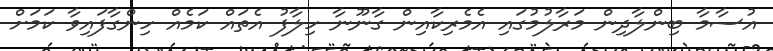
އުސާމާ ބިންލާދިން މަރާލުމުގައި އެމެރިކާއިން ގާނޫނާ ހިލާފު އެތައް ކަމެއް ހިންގާފައިވާ ކަމަށް